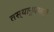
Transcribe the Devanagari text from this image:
तस्यानुधावती